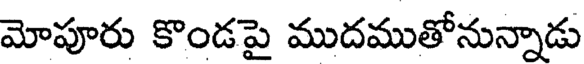
మోపూరు కొండపై ముదముతోనున్నాడు